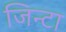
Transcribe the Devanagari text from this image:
जिन्टा